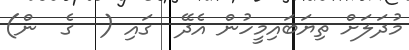
މުދަލަށް ތިޔަބައިމީހުން އެދޭ  ގައި (  ގެ  ން)